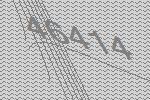
46414